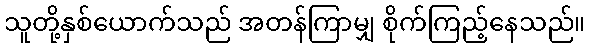
သူတို့နှစ်ယောက်သည် အတန်ကြာမျှ စိုက်ကြည့်နေသည်။